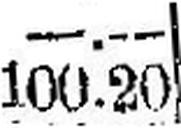
100.20